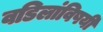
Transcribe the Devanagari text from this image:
वडिलांविषयी